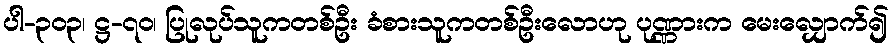
ပါ-၃၀၃၊ ဋ္ဌ-၇၀၊ ပြုလုပ်သူကတစ်ဦး ခံစားသူကတစ်ဦးလောဟု ပုဏ္ဏားက မေးလျှောက်၍